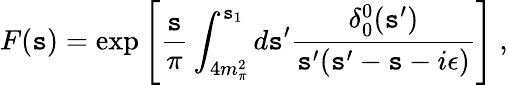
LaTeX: F(\mathtt{s})=\exp\left[\frac{{\mathtt{s}}}{{\pi}}\int_{4m_{\pi}^{2}}^{\mathtt{s}_{1}}d\mathtt{s}^{\prime}\frac{{\delta_{0}^{0}(\mathtt{s}^{\prime})}}{{\mathtt{s}^{\prime}(\mathtt{s}^{\prime}-\mathtt{s}-i\epsilon)}}\right]\ ,